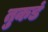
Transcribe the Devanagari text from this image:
तुकडं